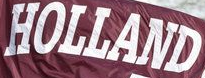
HOLLAND